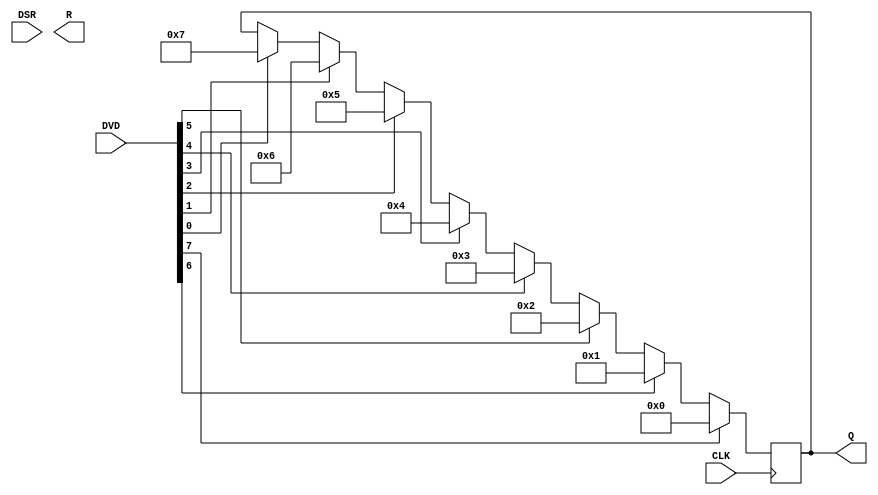
module project2 (CLK, DVD, DSR, Q, R);
input CLK;
input [7:0] DVD, DSR;
output reg [7:0] Q, R;

reg [7:0] lz_count;
reg [4:0] count;

always @(posedge CLK)
begin
	for (count=0; count<8; count=count+1)
		if(DVD[count])
			Q=7-count;
		
end

endmodule

/*
input CLK;
input [63:0] DVD, DSR;
output reg [31:0] Q, R;

reg [63:0] rq;
reg [63:0] out;
reg [ 5:0] dsr;
reg [57:0] unconnected;
reg [ 3:0] counter;
reg flag;


always @(posedge CLK)
begin
  rq <= out[63:0];
  R  <= out[63:32];
  Q  <= out[31:0];
  if (counter == 0) begin
    //initialization of values
      out <= DVD;
      dsr <= {unconnected, DSR};
      counter <= counter + 1;
      flag <= 0;
  end
  else begin
    //Shift Left R/Q
      {out} <= {out[62:0], 1'b0};
    //RQ = RQ-Div
      rq <= rq - dsr;
    if (rq[0] == 0) begin
      out[0] <= 1;
    end
    if (counter == 6) begin
      flag <= 1;
      counter <= 0;
    end  
  end
end 
endmodule


module SRTdiv_tb();
reg CLK;
reg [63:0] DVD, DSR;
wire[31:0] Q, R;

SRTdiv dut(CLK, DVD, DSR, Q, R);
initial
begin
  CLK = 0; DVD=74; DSR=21;
  #500 $stop;
end 
always #1 CLK = !CLK;
endmodule 
*/